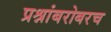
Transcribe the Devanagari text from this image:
प्रश्नांबरोबरच